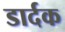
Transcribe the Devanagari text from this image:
डार्दक